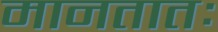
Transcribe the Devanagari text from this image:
मानतातः